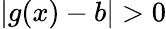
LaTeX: |g(x)-b|>0